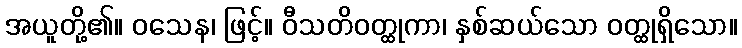
အယူတို့၏။ ဝသေန၊ ဖြင့်။ ဝီသတိဝတ္ထုကာ၊ နှစ်ဆယ်သော ဝတ္ထုရှိသော။